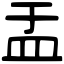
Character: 盂